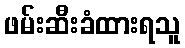
ဖမ်းဆီးခံထားရသူ